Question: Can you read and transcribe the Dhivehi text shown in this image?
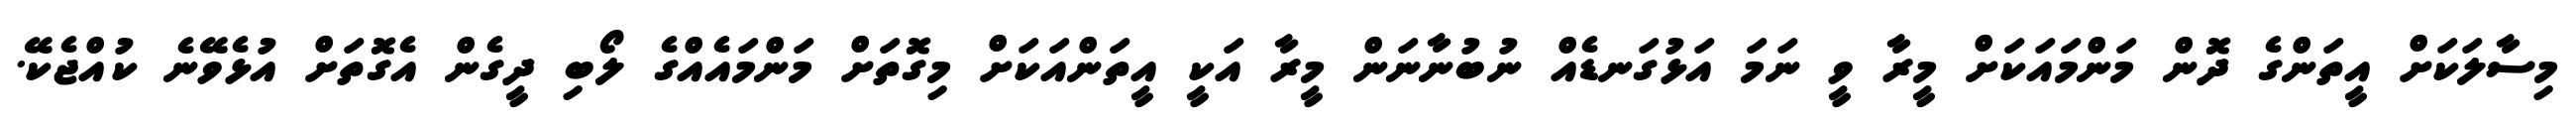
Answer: މިސާލަކަށް އީތަންގެ ދޮން މަންމައަކަށް މީރާ ވީ ނަމަ އަޅުގަނޑެއް ނުބުނާނަން މީރާ އަކީ އީތަންއަކަށް މިގޮތަށް މަންމައެއްގެ ލޯބި ދީގެން އެގޮތަށް އުޅެވޭނެ ކުއްޖެކޭ.